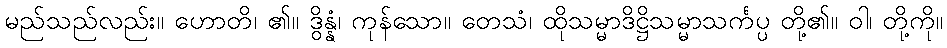
မည်သည်လည်း။ ဟောတိ၊ ၏။ ဒွိန္နံ၊ ကုန်သော။ တေသံ၊ ထိုသမ္မာဒိဋ္ဌိသမ္မာသင်္ကပ္ပ တို့၏။ ဝါ၊ တို့ကို။